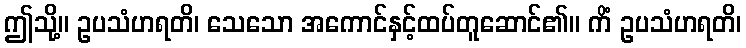
ဤသို့။ ဥပသံဟရတိ၊ သေသော အကောင်နှင့်ထပ်တူဆောင်၏။ ကိံ ဥပသံဟရတိ၊